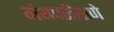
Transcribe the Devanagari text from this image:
गंथपरीक्षणे